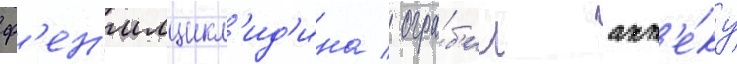
ф'ен'илцикл'ид'ина / огра́б'ил апт'е́ку